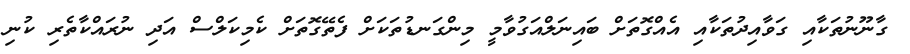
ގާނޫނުތަކާއި ގަވާއިދުތަކާއި އެއްގޮތަށް ބައިނަލްއަގުވާމީ މިންގަނޑުތަކަށް ފެތޭގޮތަށް ކެމިކަލްސް އަދި ނުރައްކާތެރި ކުނި